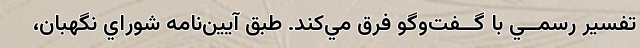
تفسير رسمــي ‌با گــفت‌وگو فرق مي‌کند. طبق آيين‌نامه شوراي نگهبان،